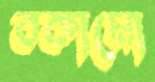
বকামো